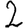
Digit: 2